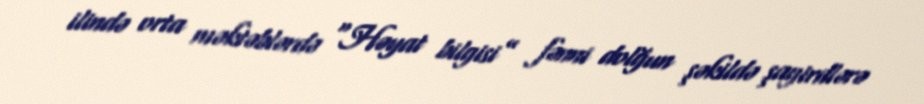
ilində orta məktəblərdə “Həyat bilgisi” fənni dolğun şəkildə şagirdlərə